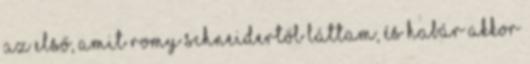
az első, amit Romy Schneidertől láttam, és habár akkor